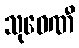
သုဝေဏီ